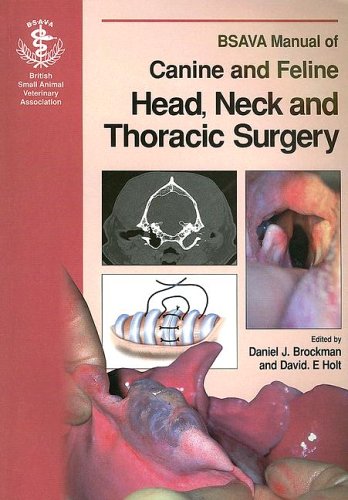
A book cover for BSAVA Manual of Canine and Feline Head, Neck and  Thoracic Surgery; Medical Books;